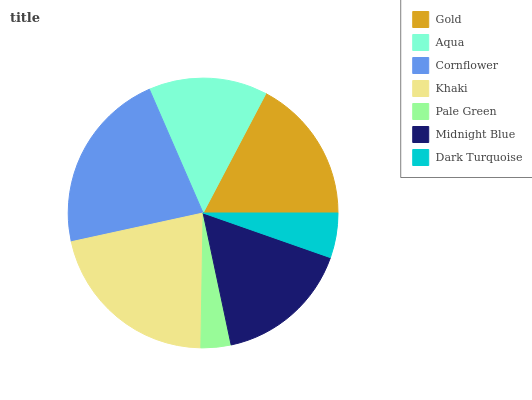
| Gold | Aqua | Cornflower | Khaki | Pale Green | Midnight Blue | Dark Turquoise |
 | --- | --- | --- | --- | --- | --- | --- |
 | 17.3% | 14.2% | 22% | 21.3% | 3.59% | 16.2% | 5.36% |